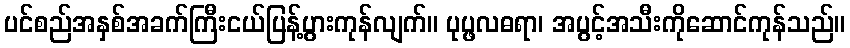
ပင်စည်အနှစ်အခက်ကြီးငယ်ပြန့်ပွားကုန်လျက်။ ပုပ္ဖလဓရာ၊ အပွင့်အသီးကိုဆောင်ကုန်သည်။